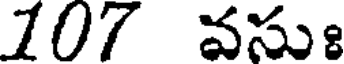
107 వసుః